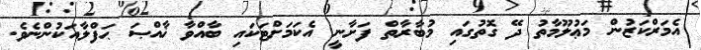
އެމަރްކަޒުން މަޢުލޫމާތު ދޭ ގޮތުގައި މުބާރާތް ފަށާނީ އެކަމަށްޓަކައި ބާއްވާ ޚާއްޞަ ޙަފްލާއަކުންނެވެ.